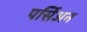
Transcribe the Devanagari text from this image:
पर्सिअन